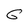
Character: 6